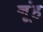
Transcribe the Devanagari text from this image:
नूंह